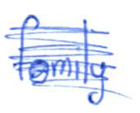
Text: family
Cross-out: scratch
Writing tool: ballpoint